Annual statistical returns and brief notes on vaccination in Bengal - 1909-1929
Year: 1909
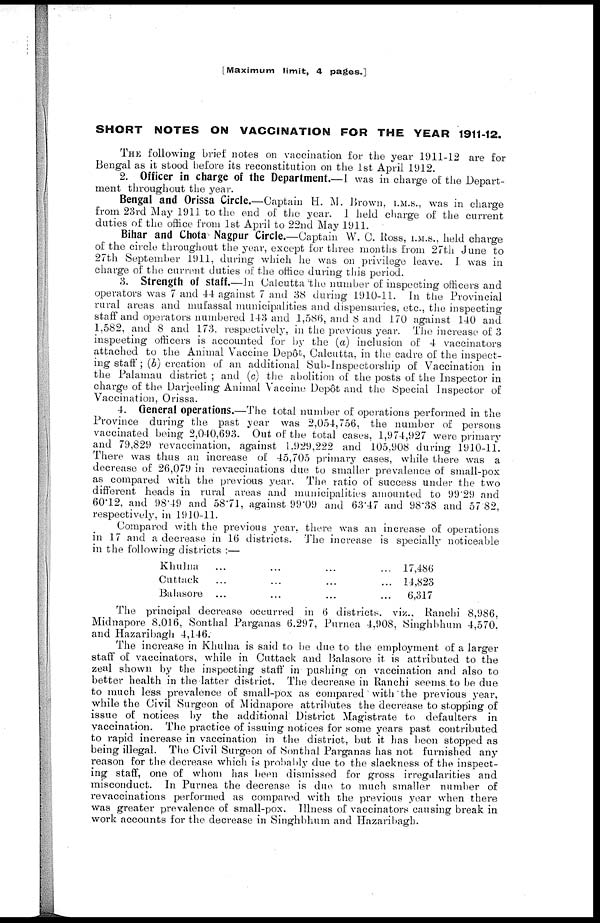
[ Maximum limit, 4 pages.]
SHORT NOTES ON VACCINATION FOR THE YEAR 1911-12.
THE following brief notes on vaccination for the year 1911-12 are for
Bengal as it stood before its reconstitution on the 1st April 1912.
2. Officer in charge of the Department.—I was in charge of the Depart-
ment throughout the year.
Bengal and Orissa Circle.—Captain H. M. Brown, I.M.S., was in charge
from 23rd May 1911 to the end of the year. I held charge of the current
duties of the office from 1st April to 22nd May 1911.
Bihar and Chota Nagpur Circle.—Captain W. C. Ross, I.M.S., held charge
of the circle throughout the year, except for three months from 27th June to
27th September 1911, during which he was on privilege leave. I was in
charge of the current duties of the office during this period.
3. Strength of staff.—In Calcutta the number of inspecting officers and
operators was 7 and 44 against 7 and 38 during 1910-11. In the Provincial
rural areas and mufassal municipalities and dispensaries, etc., the inspecting
staff and operators numbered 143 and 1,586, and 8 and 170 against 140 and
1,582, and 8 and 173, respectively, in the previous year. The increase of 3
inspecting officers is accounted for by the (a) inclusion of 4 vaccinators
attached to the Animal Vaccine Depôt, Calcutta, in the cadre of the inspect-
ing staff; (b) creation of an additional Sub-Inspectorship of Vaccination in
the Palamau district ; and (c) the abolition of the posts of the Inspector in
charge of the Darjeeling Animal Vaccine Depôt and the Special Inspector of
Vaccination, Orissa.
4. General operations.—The total number of operations performed in the
Province during the past year was 2,054,756, the number of persons
vaccinated being 2,040,693. Out of the total cases, 1,974,927 were primary
and 79,829 revaccination, against 1,929,222 and 105,908 during 1910-11.
There was thus an increase of 45,705 primary cases, while there was a
decrease of 26,079 in revaccinations due to smaller prevalence of small-pox
as compared with the previous year. The ratio of success under the two
different heads in rural areas and municipalities amounted to 99.29 and
60.12, and 98.49 and 58.71, against 99.09 and 63.47 and 98.38 and 57.82,
respectively, in 1910-11.
Compared with the previous year, there was an increase of operations
in 17 and a decrease in 16 districts. The increase is specially noticeable
in the following districts :—
Khulna ... ... ... ...
Cuttack ... ... ... ...
Balasore ... ... ... ...
17,486
14,823
6,317
The principal decrease occurred in 6 districts, viz., Ranchi 8,986,
Midnapore 8,016, Sonthal Parganas 6,297, Purnea 4,908, Singhbhum 4,570.
and Hazaribagh 4,146.
The increase in Khulna is said to be due to the employment of a larger
staff of vaccinators, while in Cuttack and Balasore it is attributed to the
zeal shown by the inspecting staff in pushing on vaccination and also to
better health in the latter district. The decrease in Ranchi seems to be due
to much less prevalence of small-pox as compared with the previous year,
while the Civil Surgeon of Midnapore attributes the decrease to stopping of
issue of notices by the additional District Magistrate to defaulters in
vaccination. The practice of issuing notices for some years past contributed
to rapid increase in vaccination in the district, but it has been stopped as
being illegal. The Civil Surgeon of Sonthal Parganas has not furnished any
reason for the decrease which is probably due to the slackness of the inspect-
ing staff, one of whom has been dismissed for gross irregularities and
misconduct. In Purnea the decrease is due to much smaller number of
revaccinations performed as compared with the previous year when there
was greater prevalence of small-pox. Illness of vaccinators causing break in
work accounts for the decrease in Singhbhum and Hazaribagh.